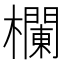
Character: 欄